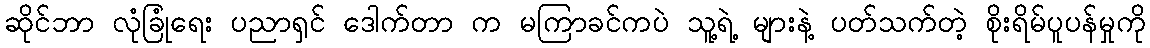
ဆိုင်ဘာ လုံခြုံရေး ပညာရှင် ဒေါက်တာ က မကြာခင်ကပဲ သူ့ရဲ့ များနဲ့ ပတ်သက်တဲ့ စိုးရိမ်ပူပန်မှုကို